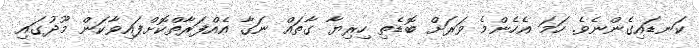
ކަނޑައިގެންނެވެ. ހަމަ އެހެންމެ ވަރަށް ބޮޑެތި ހިރިޔާ ގާތައް ނަގާ އެއްފަރާތްކޮށްފައިވާކަން މޫދުގައި